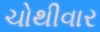
ચોથીવાર